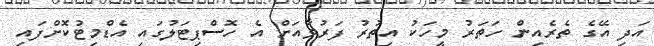
އަދި އޭގެ ތެރެއިން ހަތަރު މީހަކު އިތުރު ފަރުވާއަށް އެ ހޮސްޕިޓަލުގައި އެޑްމިޓުކޮށްފައި